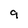
Character: 9